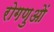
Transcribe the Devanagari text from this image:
रोगणुओं